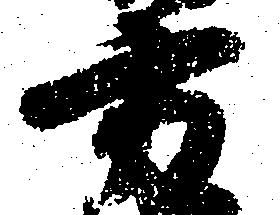
方